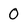
Character: 0